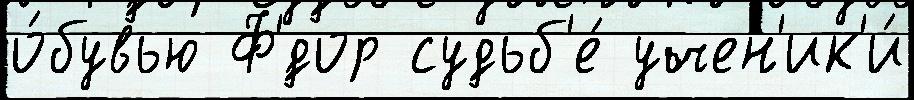
о́бувью Ф'́дор судьб'е́ учен'ик'и́